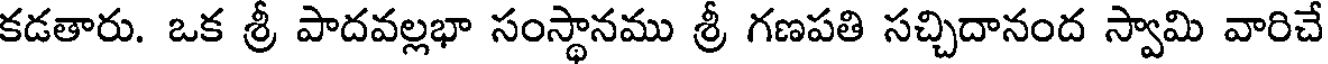
కడతారు. ఒక శ్రీ పాదవల్లభా సంస్థానము శ్రీ గణపతి సచ్చిదానంద స్వామి వారిచే